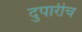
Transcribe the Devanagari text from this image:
दुपारीच